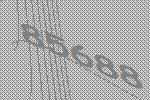
85688